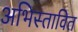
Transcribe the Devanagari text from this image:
अभिस्तावित